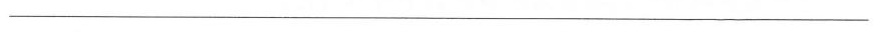
___